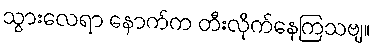
သွားလေရာ နောက်က တီးလိုက်နေကြသဗျ။